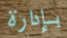
بإدارة